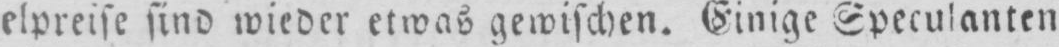
elpreise sind wieder etwas gewischen. Einige Speculanten